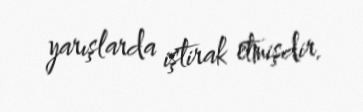
yarışlarda iştirak etmişdir.